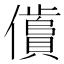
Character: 𱏞